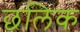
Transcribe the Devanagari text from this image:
छलिक